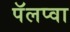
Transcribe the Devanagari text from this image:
पॅलप्वा